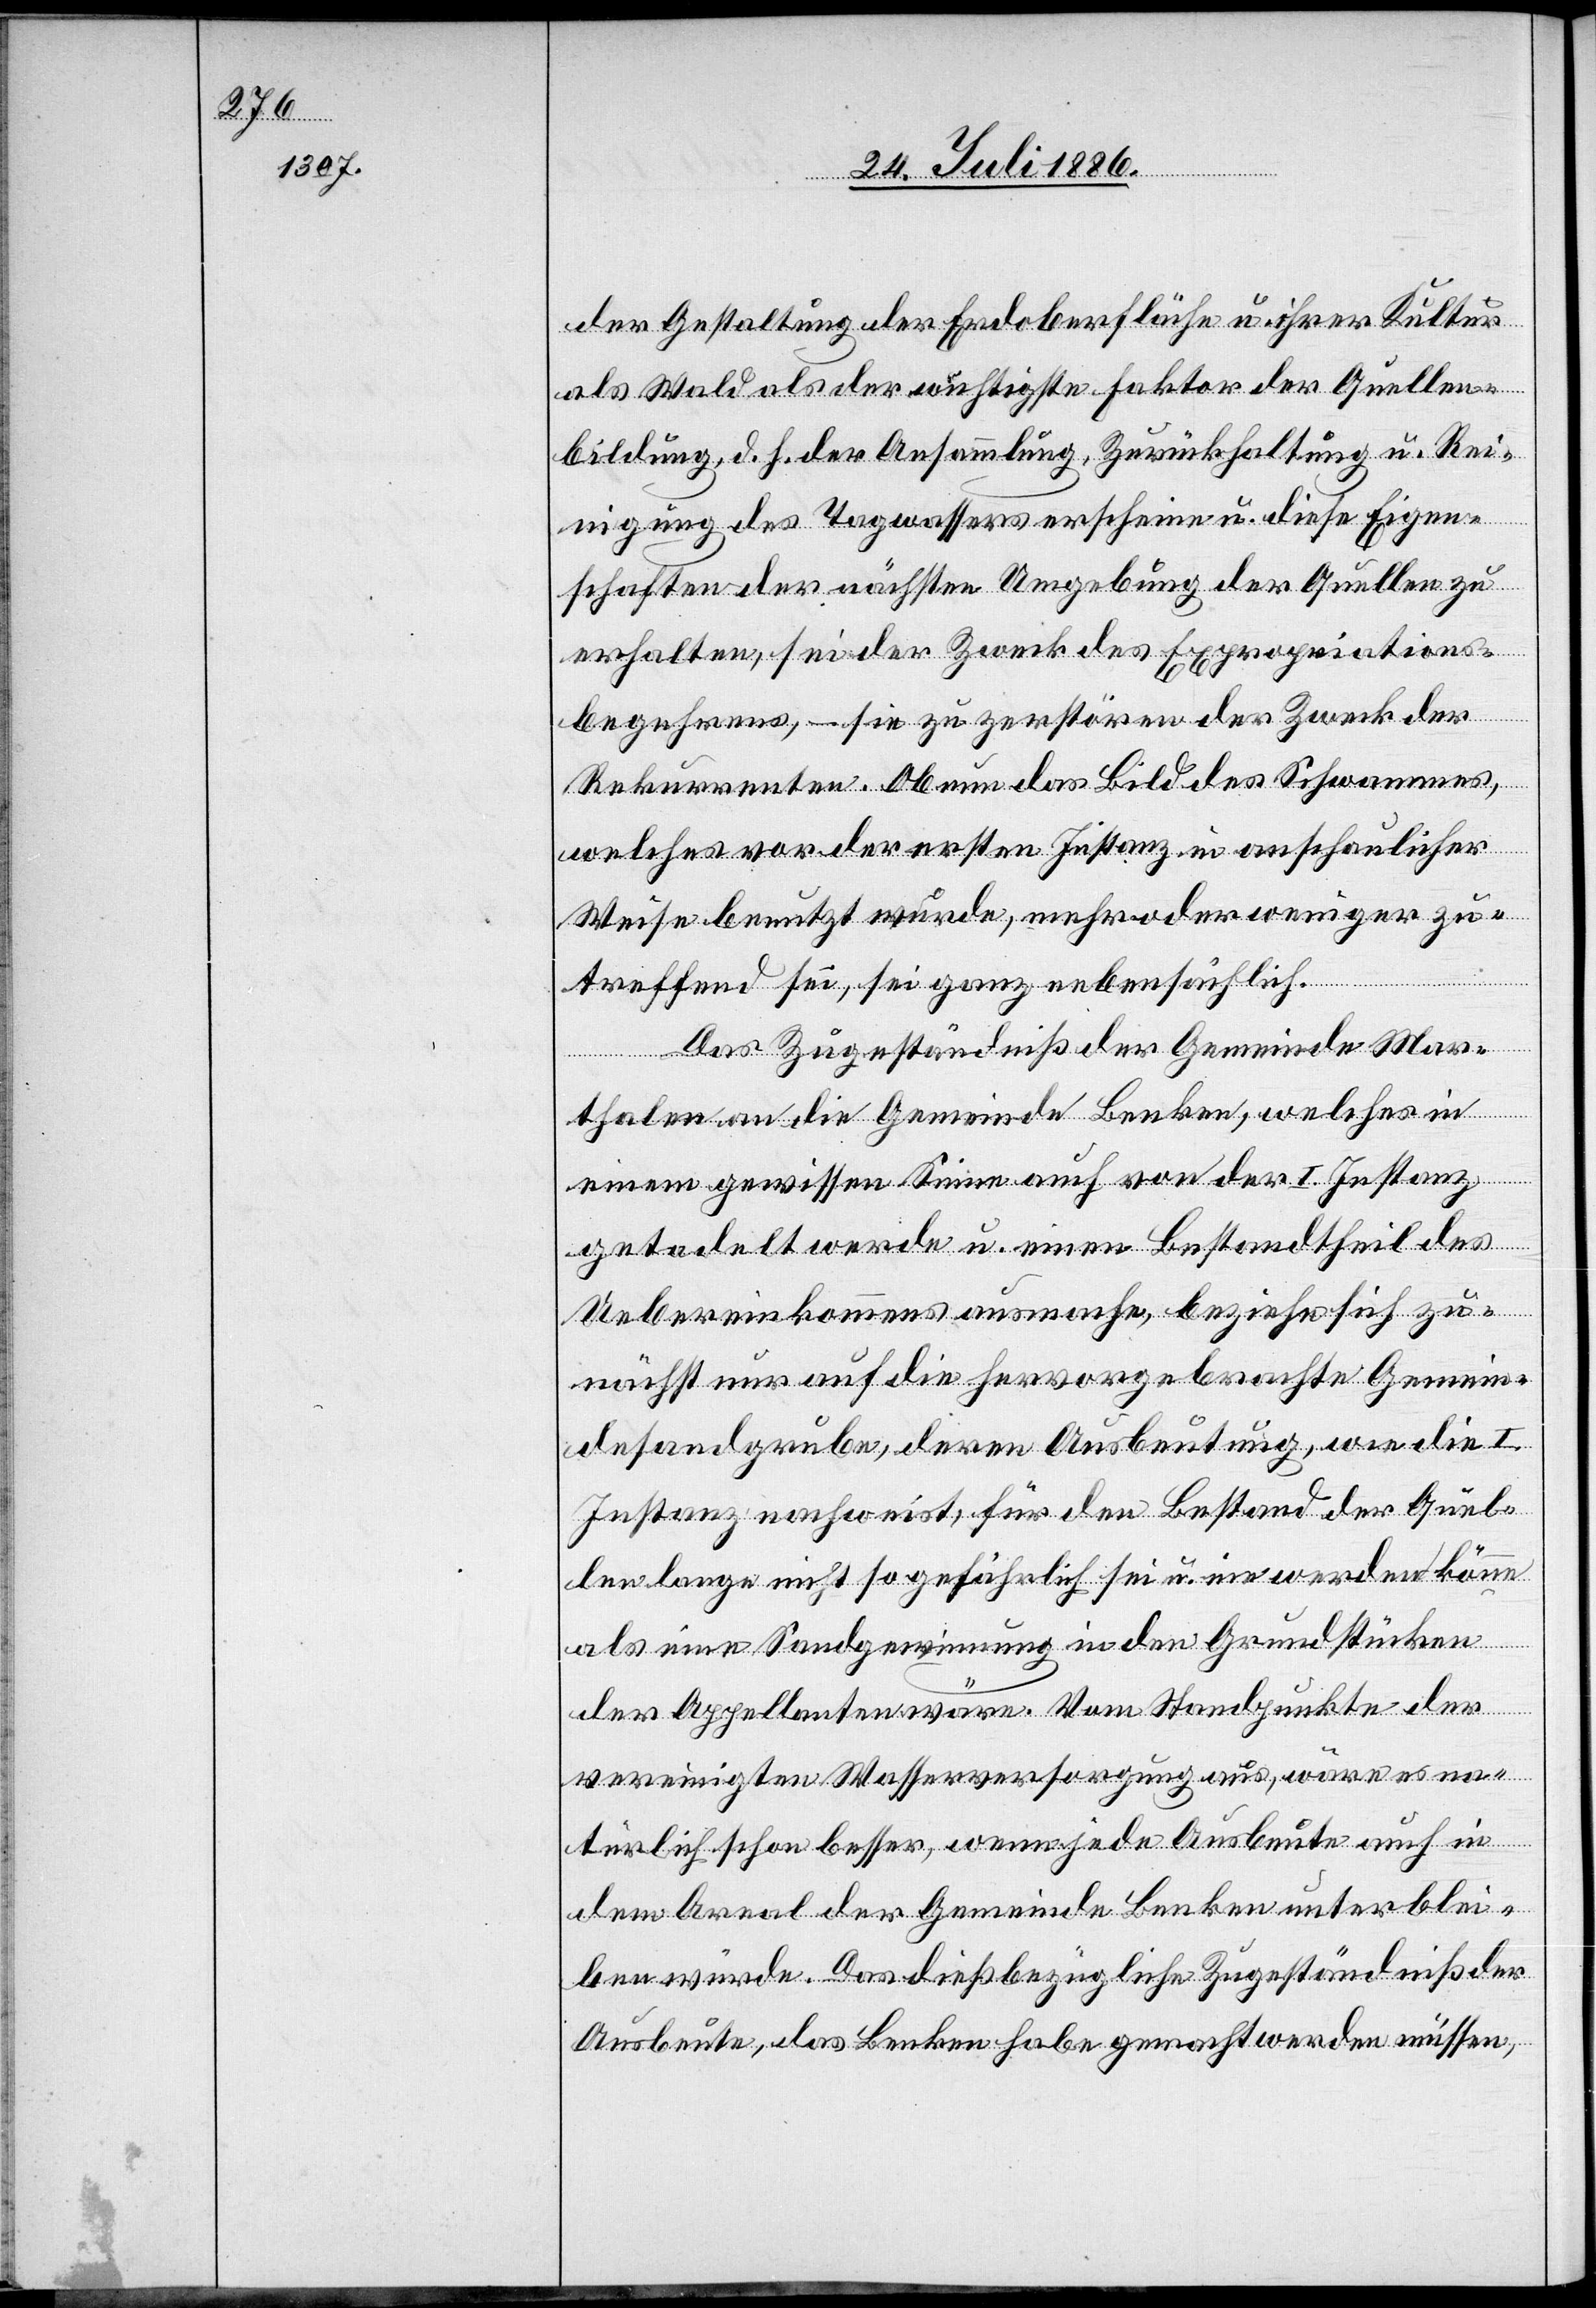
der Gestaltung der Erdoberfläche u. ihrer Kultur
als Wald als der wuchtigste Faktor der Quellen¬
bildung, d. h. der Ansammlung, Zurückhaltung u. Rei¬
nigung des Tagwassers erscheine u. diese Eigen¬
schaften der nächsten Umgebung der Quellen zu
erhalten, sei der Zweck des Expropriations¬
begehrens, – sie zu zerstören der Zweck der
Rekurrenten. Ob nun das Bild des Schwammes,
welches vor der ersten Instanz in anschaulicher
Weise benutzt wurde, mehr oder weniger zu¬
treffend sei, sei ganz nebensächlich.
Das Zugeständniß der Gemeinde Mar¬
thalen an die Gemeinde Benken, welches in
einem gewissen Sinne auch von der I. Instanz
getadelt werde u. einen Bestandtheil des
Uebereinkommens ausmache, beziehe sich zu¬
nächst nur auf die hervorgebrachte Gemein¬
desandgrube, deren Ausbeutung, wie die I.
Instanz nachweist, für den Bestand der Quel¬
len lange nicht so gefährlich sei u. nie werden könne
als eine Sandgewinnung in den Grundstücken
der Appellanten wäre. Vom Standpunkte der
vereinigten Wasserversorgung aus, wäre es na¬
türlich schon besser, wenn jede Ausbeute auch in
dem Areal der Gemeinde Benken unterblei¬
ben würde. Das dießbezügliche Zugeständniß der
Ausbeute, das Benken habe gemacht werden müssen,